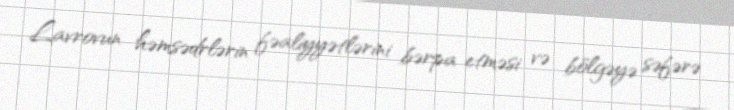
Lavrovun həmsədrlərin fəaliyyətlərini bərpa etməsi və bölgəyə səfərə